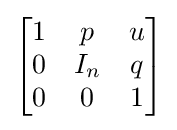
{\begin{bmatrix}1&p&u\\0&I_{n}&q\\0&0&1\end{bmatrix}}